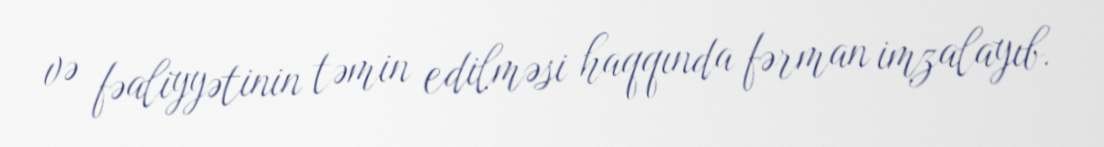
və fəaliyyətinin təmin edilməsi haqqında fərman imzalayıb.